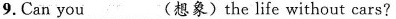
9.Can you_(想象)the life without cars?